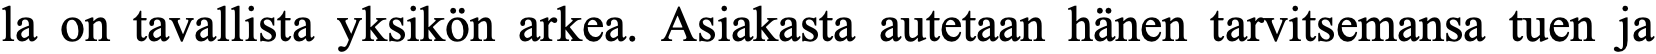
la on tavallista yksikön arkea. Asiakasta autetaan hänen tarvitsemansa tuen ja